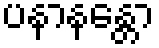
ပနာနန္တော